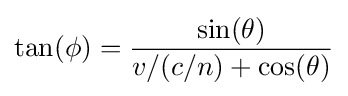
\tan(\phi )={\frac {\sin(\theta )}{v/(c/n)+\cos(\theta )}}